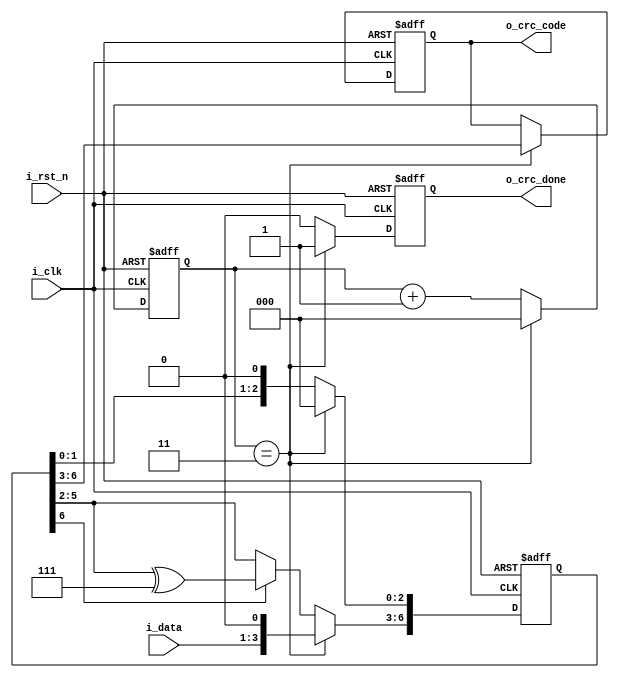
/*
4CRC
10111
*/

module crc
	(
		input i_rst_n,
		input i_clk,

		input[2:0] i_data,
		output[3:0] o_crc_code,

		output o_crc_done
	);

	parameter GX = 5'b10111;

	reg[7:0] r_shift;
	reg[2:0] r_cnt;

	reg[3:0] r_crc_code;
	reg r_crc_done;

	assign o_crc_done = r_crc_done;
	assign o_crc_code = r_crc_code;


	always@( posedge i_clk, negedge i_rst_n)
	begin
		if(~i_rst_n)
		begin
			r_crc_code <= 4'b0;
			r_crc_done <= 1'b0;
			r_shift <= 8'b0;
			r_cnt <= 3'b0;
		end
		else
			if(r_cnt == 3'd3)	//CRC
			begin
				//0
				r_shift <= {1'b0, i_data, 4'b0};
				r_cnt <= 3'b0;
				//
				r_crc_code <= r_shift[6:3];
				r_crc_done <= 1'b1;
			end
			else
			begin
				if(r_shift[6] == 1'b1)//1
				begin
					r_shift[7:3] <= r_shift[6:2] ^ GX;
					r_shift[2:0] <= {r_shift[1:0], 1'b0};
				end
				else	//
					r_shift <= {r_shift[6:0], 1'b0};

				//r_cnt1
				r_cnt <= r_cnt + 3'd1;
				r_crc_done <= 1'b0;
			end
	end

endmodule